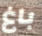
باغ